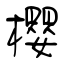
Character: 櫻